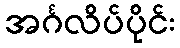
အင်္ဂလိပ်ပိုင်း